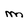
Character: M